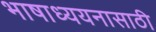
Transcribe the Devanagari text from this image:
भाषाध्ययनासाठी